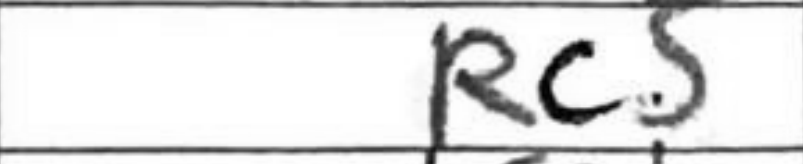
Transcription: Rc5